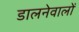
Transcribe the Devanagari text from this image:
डालनेवालों